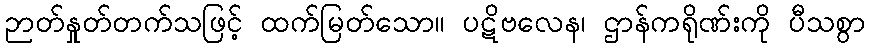
ဉာတ်နှုတ်တက်သဖြင့် ထက်မြတ်သော။ ပဋိဗလေန၊ ဌာန်ကရိုဏ်းကို ပီသစွာ